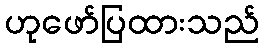
ဟုဖော်ပြထားသည်